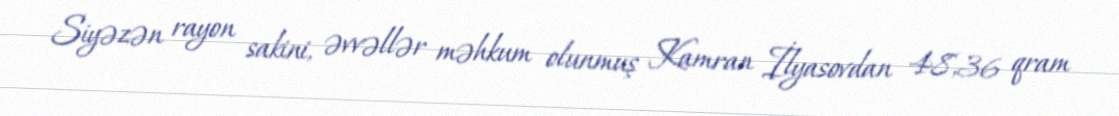
Siyəzən rayon sakini, əvvəllər məhkum olunmuş Kamran İlyasovdan 48,36 qram